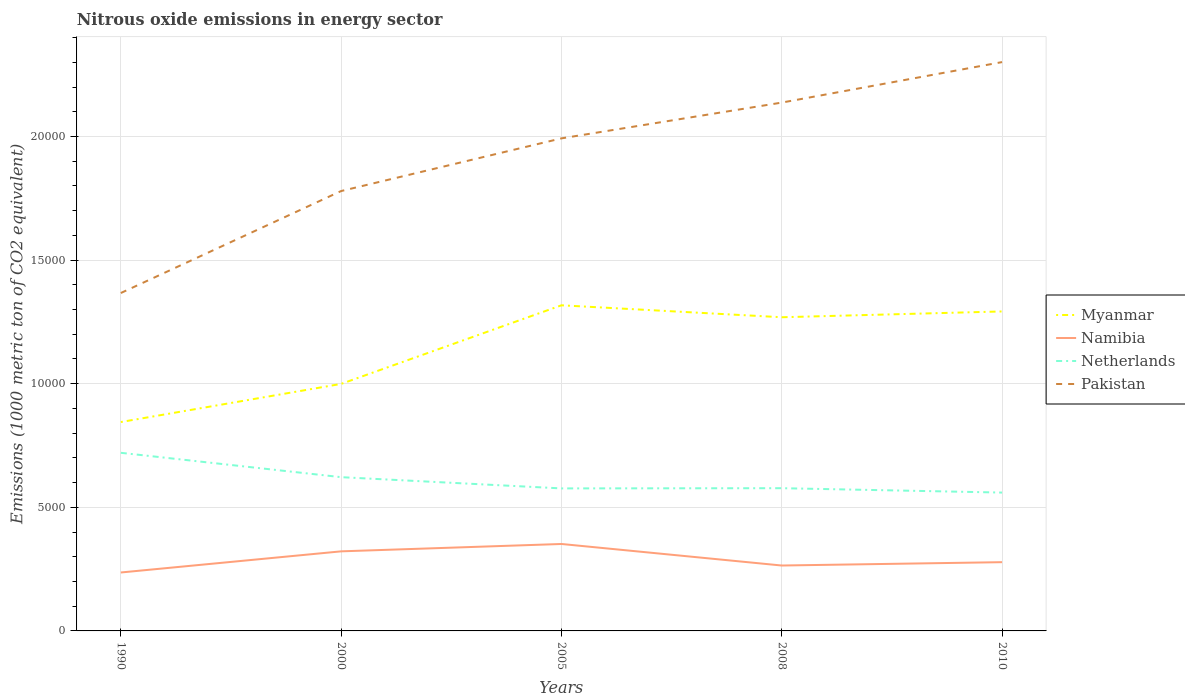
| Years | Myanmar | Namibia | Netherlands | Pakistan |
 | --- | --- | --- | --- | --- |
 | 1990 | 8.45e+03 | 2.36e+03 | 7.20e+03 | 1.37e+04 |
 | 2000 | 9.99e+03 | 3.22e+03 | 6.22e+03 | 1.78e+04 |
 | 2005 | 1.32e+04 | 3.52e+03 | 5.76e+03 | 1.99e+04 |
 | 2008 | 1.27e+04 | 2.65e+03 | 5.77e+03 | 2.14e+04 |
 | 2010 | 1.29e+04 | 2.78e+03 | 5.6e+03 | 2.3e+04 |